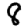
Digit: 8